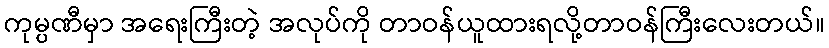
ကုမ္ပဏီမှာ အရေးကြီးတဲ့ အလုပ်ကို တာဝန်ယူထားရလို့တာဝန်ကြီးလေးတယ်။